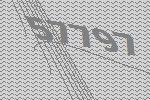
57797